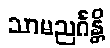
သာမညင်္ဂန္တိ